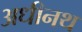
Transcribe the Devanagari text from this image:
अधीनथ